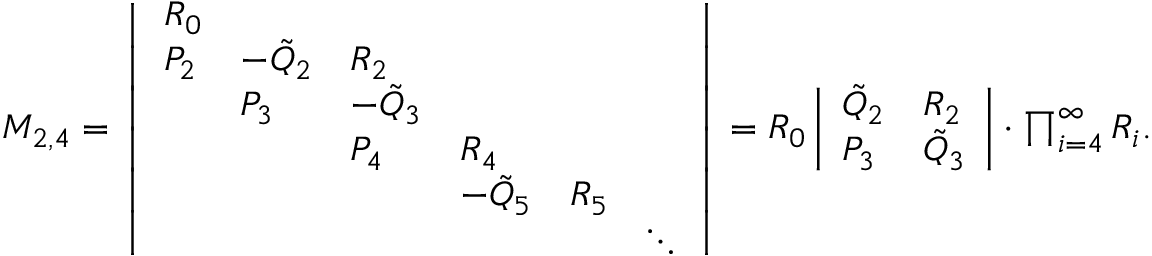
\begin{array} { r } { M _ { 2 , 4 } = \left| \begin{array} { l l l l l l } { R _ { 0 } } & & & & & \\ { P _ { 2 } } & { - \Tilde { Q } _ { 2 } } & { R _ { 2 } } & & & \\ & { P _ { 3 } } & { - \Tilde { Q } _ { 3 } } & & & \\ & & { P _ { 4 } } & { R _ { 4 } } & & \\ & & & { - \Tilde { Q } _ { 5 } } & { R _ { 5 } } & \\ & & & & & { \ddots } \end{array} \right| = R _ { 0 } \left| \begin{array} { l l } { \tilde { Q } _ { 2 } } & { R _ { 2 } } \\ { P _ { 3 } } & { \tilde { Q } _ { 3 } } \end{array} \right| \cdot \prod _ { i = 4 } ^ { \infty } R _ { i } . } \end{array}